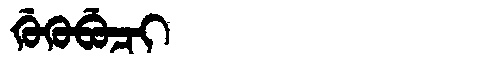
Manchu: ᡤᡠᡴᡠᠪᡠᠴᡳ
Romanization: GUKUBUCI